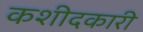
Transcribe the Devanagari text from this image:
कशीदकारी